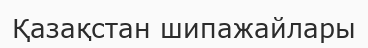
Қазақстан шипажайлары